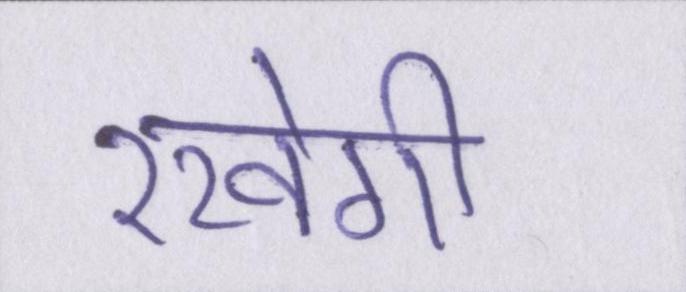
रखेगी